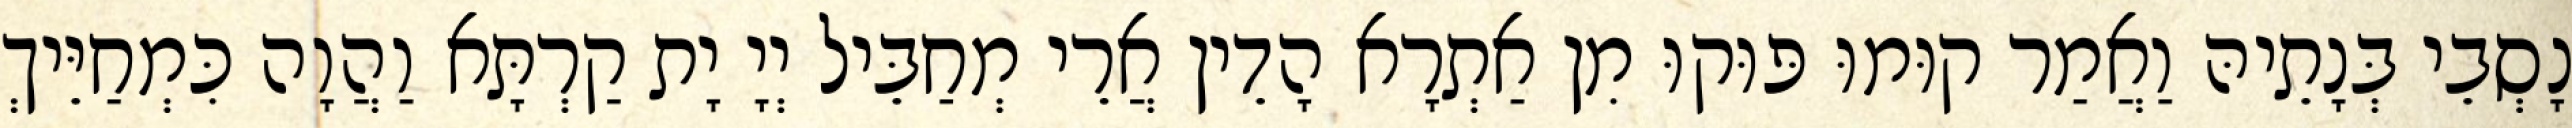
נָסְבֵי בְּנָתֵיהּ וַאֲמַר קוּמוּ פּוּקוּ מִן אַתְרָא הָדֵין אֲרֵי מְחַבֵּיל יְיָ יָת קַרְתָּא וַהֲוָה כִּמְחַיֵּיךְ